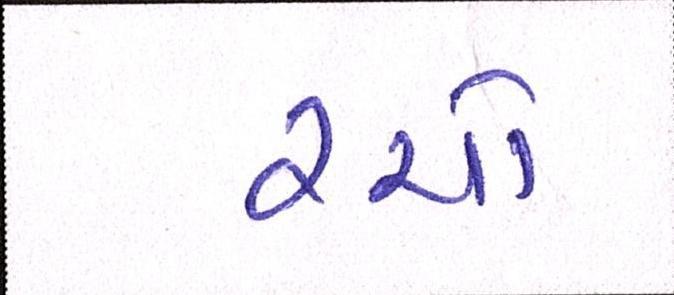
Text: રચો